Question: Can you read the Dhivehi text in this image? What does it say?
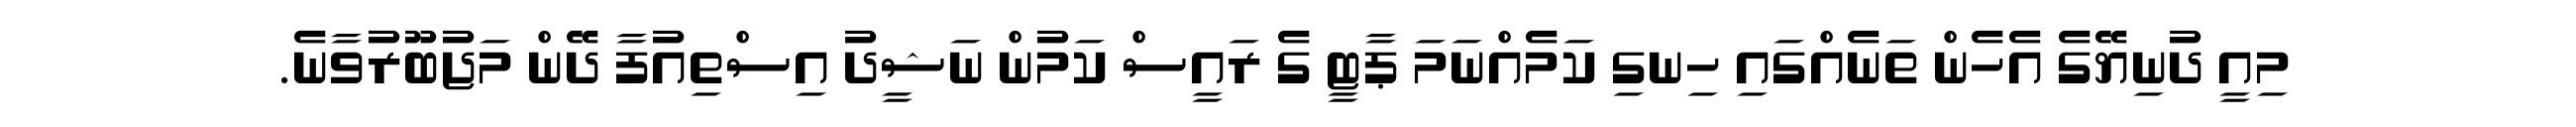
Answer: މިއީ ދުނިޔޭގެ އެހެން ތަނެއްގައި ހިނގި ކަމެއްނަމަ ޕާޓީ ގެ ރައީސް ކަމުން ނަޝީދު އިސްތިއުފާ ދޭން މަޖުބޫރުވާނެ.